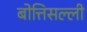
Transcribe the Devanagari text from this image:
बोत्तिसल्ली